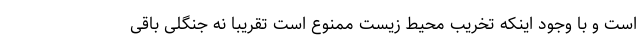
است و با وجود اینکه تخریب محیط زیست ممنوع است تقریبا نه جنگلی باقی